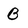
Character: B